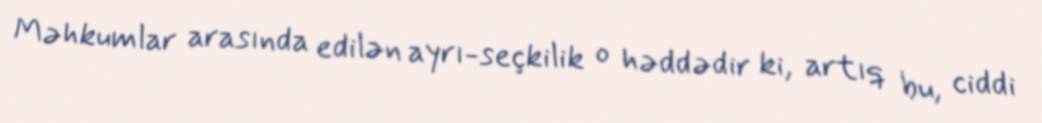
Məhkumlar arasında edilən ayrı-seçkilik o həddədir ki, artıq bu, ciddi